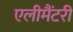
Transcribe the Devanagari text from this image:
एलीमैंटरी